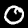
Label: 0